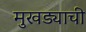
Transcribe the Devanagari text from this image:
मुखड्याची